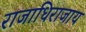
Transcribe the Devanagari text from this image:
राजाधिराजाय